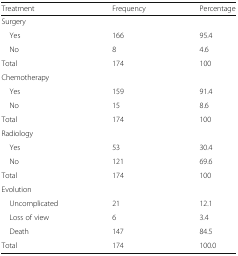
<table><thead><tr><td><b>Treatment</b></td><td><b>Frequency</b></td><td><b>Percentage</b></td></tr></thead><tbody><tr><td colspan="3">Surgery</td></tr><tr><td> Yes</td><td>166</td><td>95.4</td></tr><tr><td> No</td><td>8</td><td>4.6</td></tr><tr><td>Total</td><td>174</td><td>100</td></tr><tr><td colspan="3">Chemotherapy</td></tr><tr><td> Yes</td><td>159</td><td>91.4</td></tr><tr><td> No</td><td>15</td><td>8.6</td></tr><tr><td>Total</td><td>174</td><td>100</td></tr><tr><td colspan="3">Radiology</td></tr><tr><td> Yes</td><td>53</td><td>30.4</td></tr><tr><td> No</td><td>121</td><td>69.6</td></tr><tr><td>Total</td><td>174</td><td>100</td></tr><tr><td colspan="3">Evolution</td></tr><tr><td> Uncomplicated</td><td>21</td><td>12.1</td></tr><tr><td> Loss of view</td><td>6</td><td>3.4</td></tr><tr><td> Death</td><td>147</td><td>84.5</td></tr><tr><td>Total</td><td>174</td><td>100.0</td></tr></tbody></table>